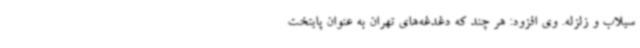
سیلاب و زلزله. وی افزود: هر چند که دغدغه‌های تهران به عنوان پایتخت